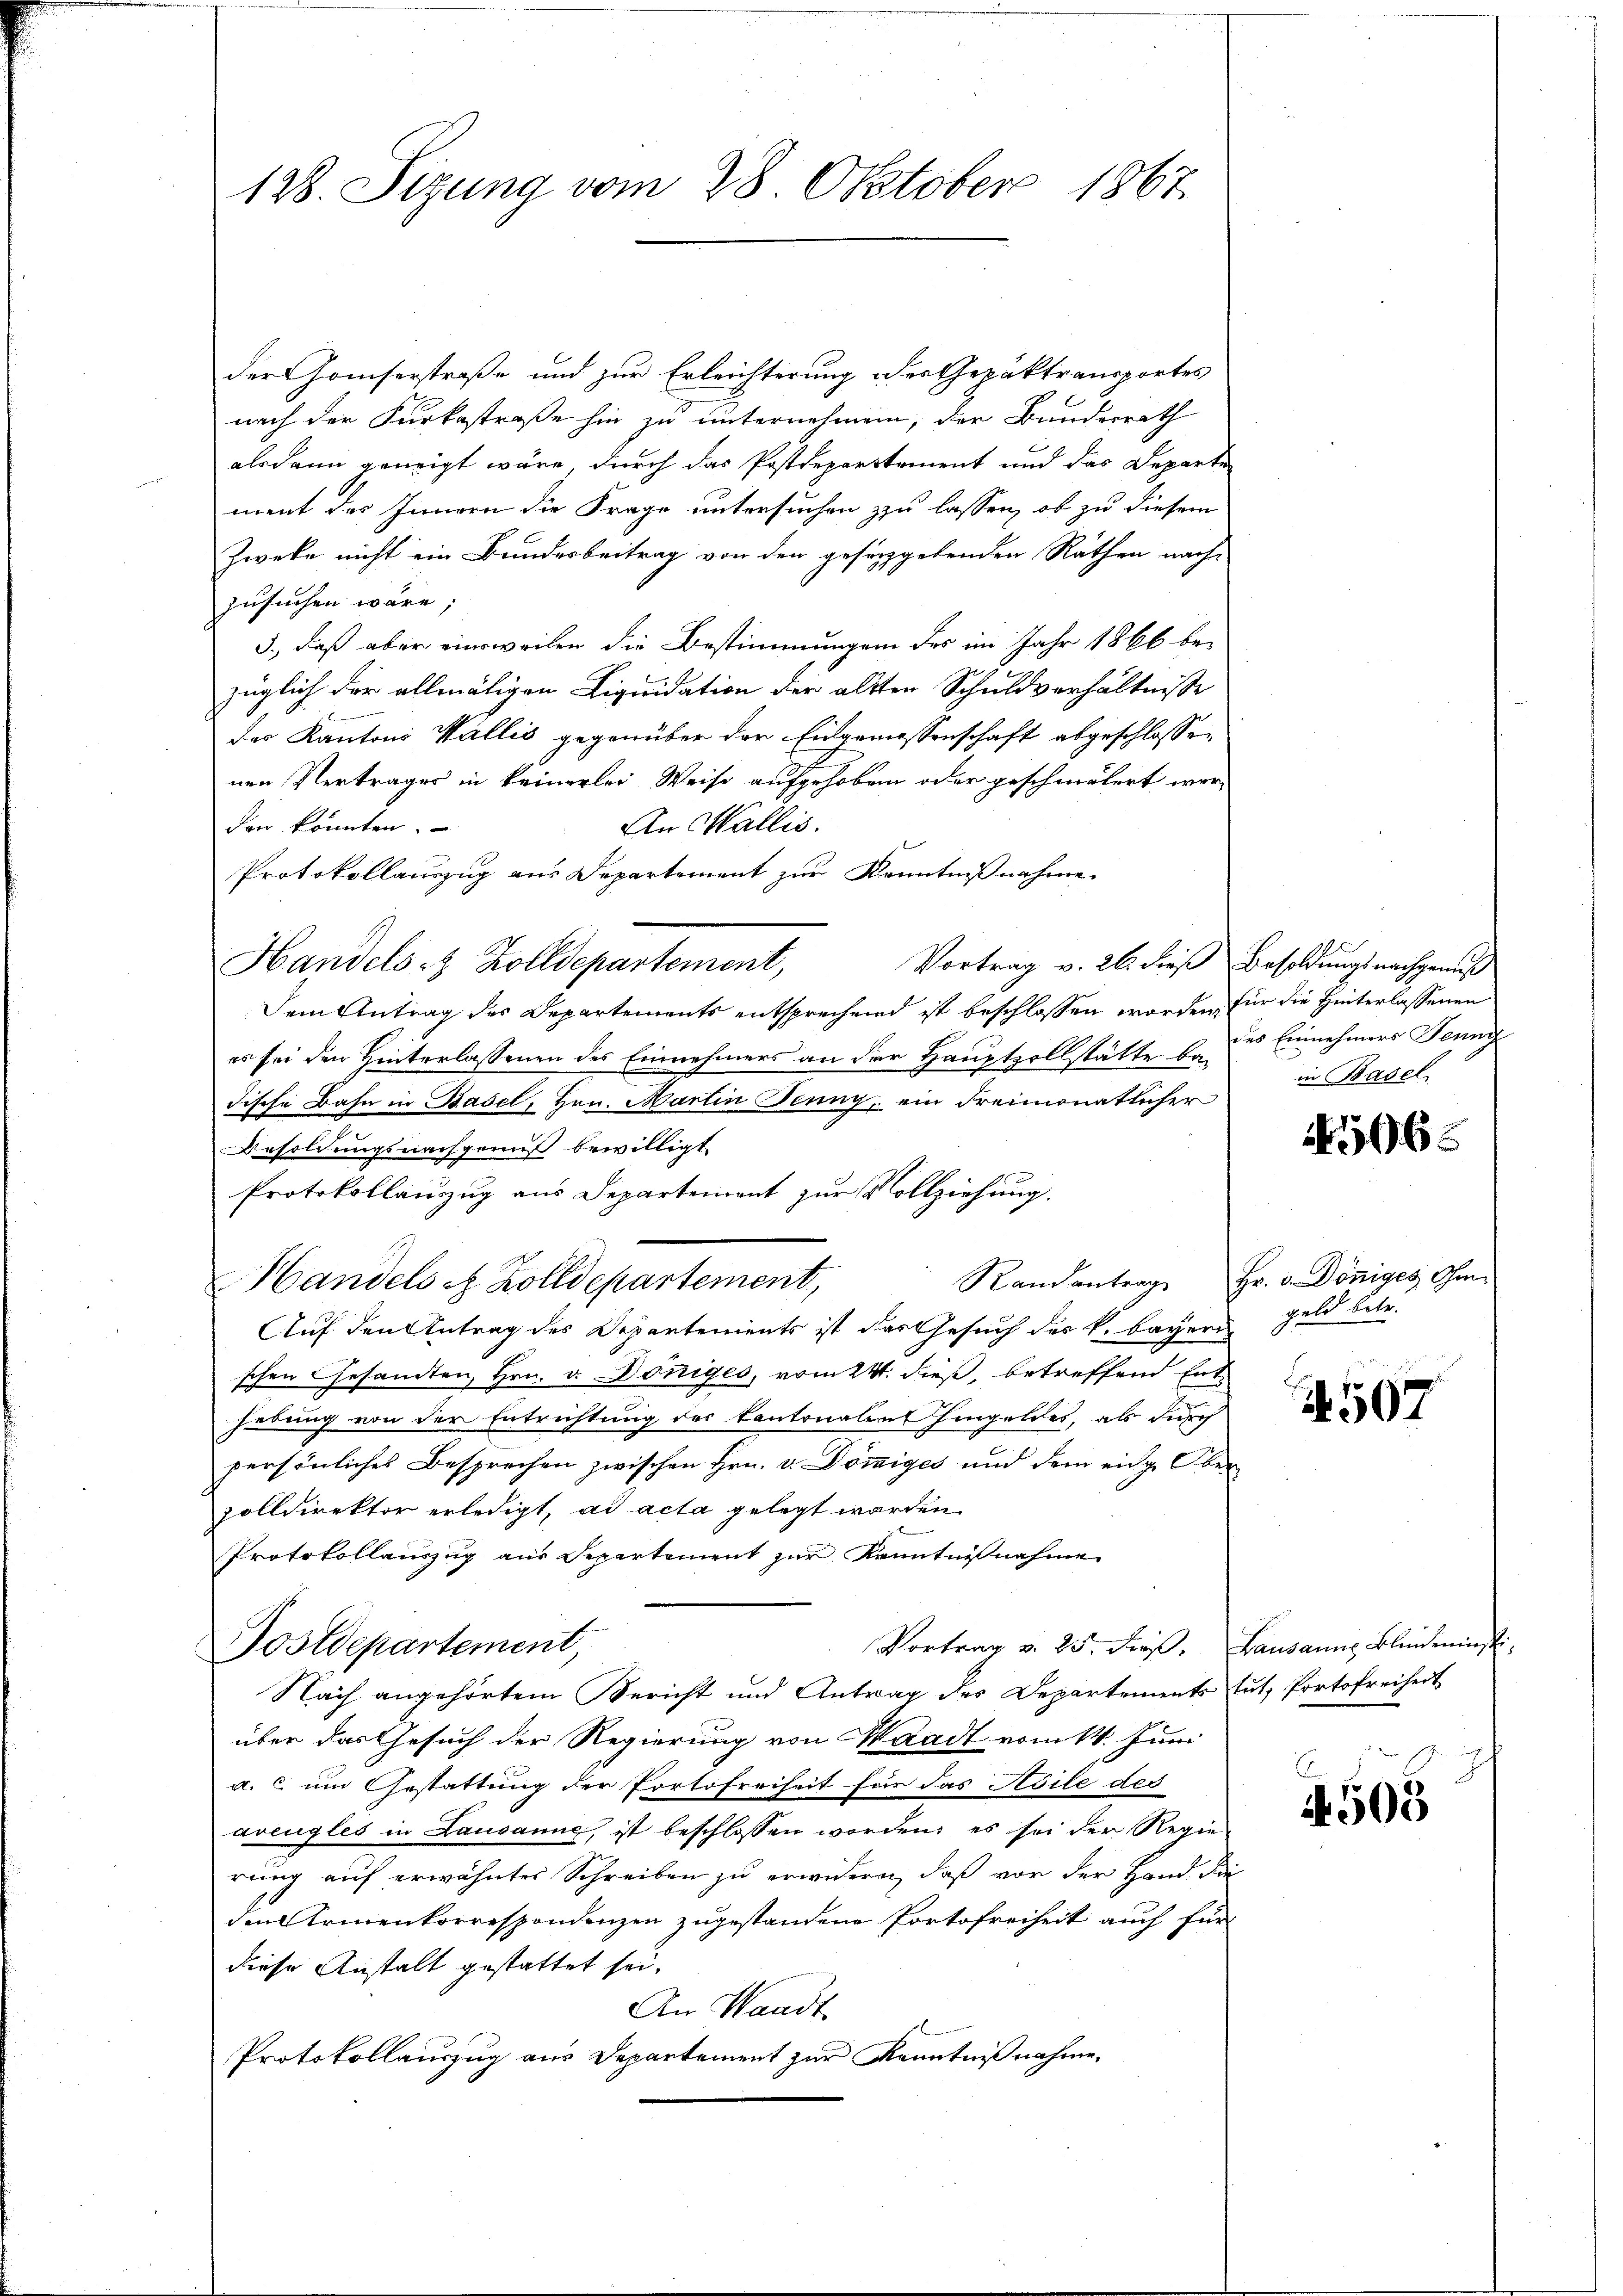
128. Sizung vom 28. Oktober 1867

der omiserstraße und zur Erleichterung der Gepäktransportes
nach der Furkastraße hin zu unternehmen, der Bundesrath
alsdann geneigt wäre, durch das Postdepartement und das Departe
enrechten
ment des Innern die Frage untersuchen zu lassen, ob zu diesem
Zweke nicht ein Bundesbeitrag von den gesetzgebenden Räthen nach-
zusuchen wäre;
3., daß aber einsweilen die Bestimmungen des im Jahr 1866 be-
züglich der allmäligen Liquidation der altten Schuldverhältnisse
des Kantons Wallis gegenüber der Eidgemessenschaft abgeschlossen
nen Vertrages in keinerlei Weise aufgehoben oder geschmälert wer¬
An Wallis.
den konnten.
Protokollauszug aus Departement zur Kenntnißnahme.
Vortrag v. 26. dieß Besoldungsnachgemeß
Handels- & Zolldepartement,
Dem Antrag des Departements entsprechend ist beschlossen worden, für die Hinterlassenen
es sei den Hinterlassenen des Einnehmers an der Hauptzollstätte ba¬
Fische Bahn in Basel, Hrn. Martin Jenny, ein dreimonatlicher
Besoldungsnachgenuß bewilligt
Protokollauszug aus Departement zur Vollziehung.
Randantrag
Handels et Zolldepartement,
Auf den Antrag des Departements ist das Gesuch des k. bayern Geld betr.
schen Gesandten, Hrn. v. Dönniges, vom 24. dieß, betreffend Enthebung von der Entrichtung des Kantonalen Eingeldes, als durch
persönliches Besprechen zwischen Hrn. v. Dömmiges und dem eidg. Ober
zolldirektor erledigt, ad acta gelegt werden.
Protokollauszug aus Separtement zur Kenntnisnahme
Vortrag v. 25. dieβ. Lausanns Blindeninsti
Postdepartement,
Nach angehörtem Bericht und Antrag des Departements tut, Portofreiheit
über das Gesuch der Regierung von Waadt vom 14. Juni
a. c. um Gestattung der Portofreiheit für das Abile des
avengles in Lausanne, ist beschlossen worden; es sei der Regie-
rung auf erwähnter Schreiben zu erwidern, daß vor der Hand die
den Armenkorrespondenzen zugestandene Portofreiheit auch für
diese Anstalt gestattet sei.
An Waadt
Protokollauszug aus Departement zur Kenntnißnahme.

des Einnehmers Jenny
in Basel

4506.

Hr. v. Dönniges Ihm

4507

4505